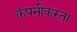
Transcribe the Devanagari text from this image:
कंपनीकरता